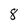
Character: 8